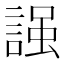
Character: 𧪎